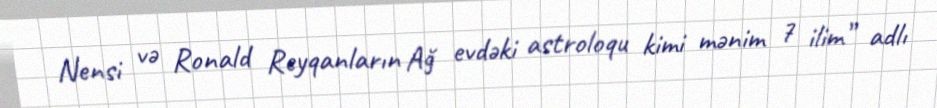
Nensi və Ronald Reyqanların Ağ evdəki astroloqu kimi mənim 7 ilim” adlı